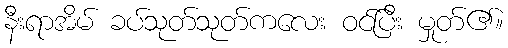
နီးရာအိမ် ခပ်သုတ်သုတ်ကလေး ဝင်ပြီး မှုတ်၏။